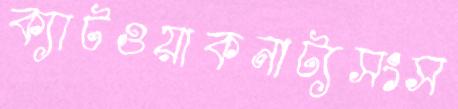
ক্যাটওয়াকনাট্যসংস